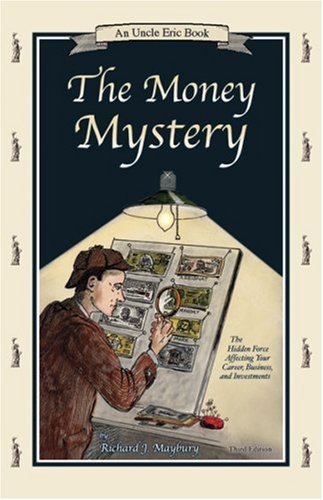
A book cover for The Money Mystery: The Hidden Force Affecting Your Career, Business, and Investments  (An Uncle Eric Book); Richard J. Maybury; Business & Money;